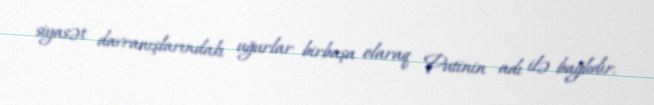
siyasət davranışlarındakı uğurlar birbaşa olaraq Putinin adı ilə bağlıdır.